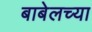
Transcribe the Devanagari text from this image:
बाबेलच्या